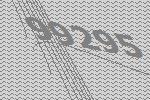
99295